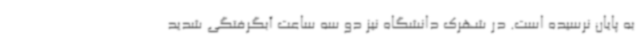
به پایان نرسیده است. در شهرک دانشگاه نیز دو سه ساعت آبگرفتگی شدید